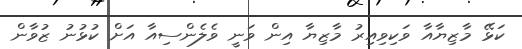
ކަޅޭ މާޒިޔާއާ ވަކިވިއިރު މާޒިޔާ އިން ވަނީ ވެލެންސިއާ އަށް ކުޅުނު ޒުވާން